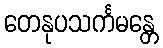
တေနုပသင်္ကမန္တေ